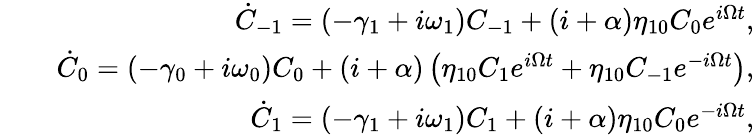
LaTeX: \begin{array}{rlr}&{}&{\dot{C}_{-1}=(-\gamma_{1}+i\omega_{1})C_{-1}+(i+\alpha)\eta_{10}C_{0}e^{i\Omega t},}\\ &{}&{\dot{C}_{0}=(-\gamma_{0}+i\omega_{0})C_{0}+(i+\alpha)\left(\eta_{10}C_{1}e^{i\Omega t}+\eta_{10}C_{-1}e^{-i\Omega t}\right),}\\ &{}&{\dot{C}_{1}=(-\gamma_{1}+i\omega_{1})C_{1}+(i+\alpha)\eta_{10}C_{0}e^{-i\Omega t},}\end{array}